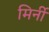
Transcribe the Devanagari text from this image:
मिर्नी